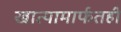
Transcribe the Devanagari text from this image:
खात्यामार्फतही